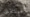
سنغلق